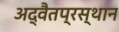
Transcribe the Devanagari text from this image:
अद्वैतप्रस्थान